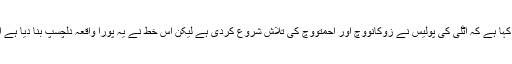
ربیبیا جیل حکام نے اس خط کے اصلی ہونے کی تصدیق کرتے ہوئے کہا ہے کہ اٹلی کی پولیس نے زوکانووِچ اور احمتووِچ کی تلاش شروع کردی ہے لیکن اس خط نے یہ پورا واقعہ دلچسپ بنا دیا ہے اور اسے جیل سے فرار کے دیگر واقعات سے بالکل مختلف کردیا ہے۔